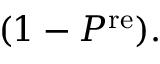
( 1 - P ^ { \mathrm { r e } } ) .